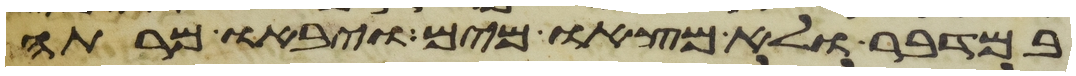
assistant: במדבר ולא מצאו מים ויבאו מרתה